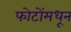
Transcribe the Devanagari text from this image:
फोटोंमधून